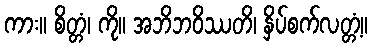
ကား။ စိတ္တံ၊ ကို။ အဘိဘဝိဿတိ၊ နှိပ်စက်လတ္တံ့။